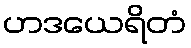
ဟဒယေရိတံ